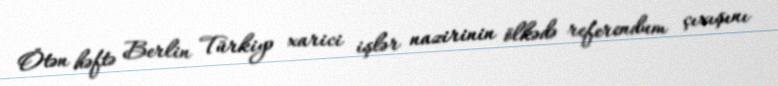
Ötən həftə Berlin Türkiyə xarici işlər nazirinin ölkədə referendum çıxışını